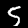
Digit: 5